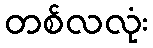
တစ်လလုံး